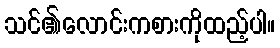
သင်၏လောင်းကစားကိုထည့်ပါ။